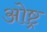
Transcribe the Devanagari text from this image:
ओष्ट्र